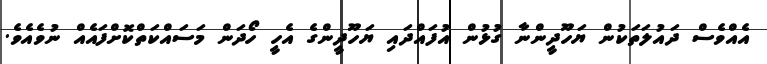
އެއްވެސް ދައުލަތަކުން ޔަހޫދީންނާ ގުޅުން އުފައްދައި ޔަހޫދީންގެ އެހީ ހޯދަން މަސައްކަތްކޮށްފައެއް ނުވެއެވެ.